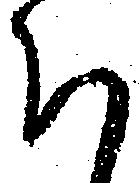
ち